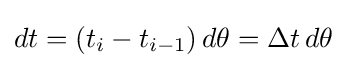
dt=(t_{i}-t_{i-1})\,d\theta =\Delta t\,d\theta